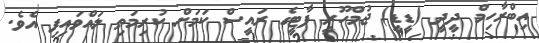
އިބްރާހިމް ދީދީ (ޑީޑީ) ޖުމްހޫރީ ޕާޓީގެ ރައީސް ކަމަށް ކުރިމަތި ލައްވައިފި އެވެ.